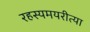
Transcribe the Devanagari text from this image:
रहस्यमयरीत्या